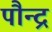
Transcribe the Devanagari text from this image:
पौन्द्र